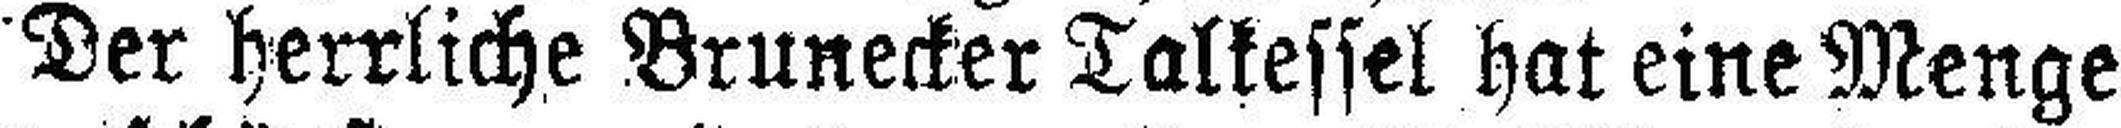
Der herrliche Brunecker Talkessel hat eine Menge